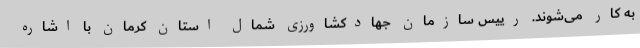
به کار می‌شوند. رییس سازمان جهادکشاورزی شمال استان کرمان با اشاره